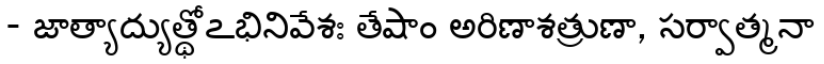
- జాత్యాద్యుత్థోఽభినివేశః తేషాం అరిణాశత్రుణా, సర్వాత్మనా